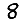
Digit: 8